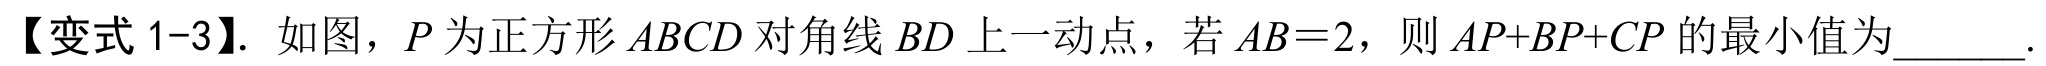
【变式 1-3】. 如图，\(P\) 为正方形 \(ABCD\) 对角线 \(BD\) 上一动点，若 \(AB = 2\)，则 \(AP + BP+CP\) 的最小值为 .